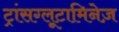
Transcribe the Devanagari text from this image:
ट्रांसग्लूटामिनेज़